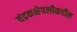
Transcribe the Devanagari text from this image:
चंद्रकक्षेपलीकडील